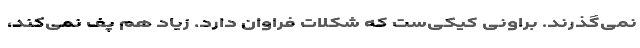
نمی‌گذرند. براونی کیکی‌ست که شکلات فراوان دارد. زیاد هم پف نمی‌کند،